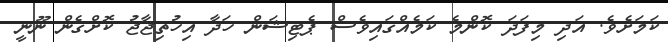
ކަމަށެވެ. އަދި މިފަދަ ކޮންމެ ކަމެއްގައިވެސް ޕެޓިޝަން ހަދާ އިހުތިޖާޖު ކޮށްގެން ނޫނީ